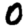
Digit: 0